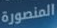
المنصورة